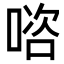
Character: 𭉊